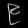
Digit: ၉